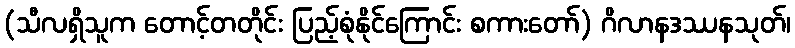
(သီလရှိသူက တောင့်တတိုင်း ပြည့်စုံနိုင်ကြောင်း စကားတော်) ဂိလာနဒဿနသုတ်၊